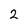
Character: 2